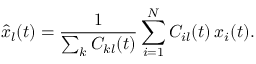
\hat { x } _ { l } ( t ) = \frac { 1 } { \sum _ { k } C _ { k l } ( t ) } \sum _ { i = 1 } ^ { N } C _ { i l } ( t ) \, x _ { i } ( t ) .